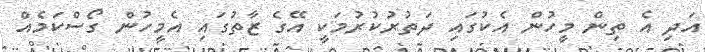
އަދި އެ ތިން މީހުން އެކުގައި ދަތުރުކުރުމަކީ އޭގެ ޒާތުގައި އެމީހުން ގޯސްކަމެއް